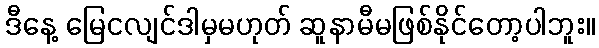
ဒီနေ့ မြေငလျင်ဒါမှမဟုတ် ဆူနာမီမဖြစ်နိုင်တော့ပါဘူး။